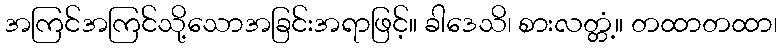
အကြင်အကြင်သို့သောအခြင်းအရာဖြင့်။ ခါဒေသိ၊ စားလတ္တံ့။ တထာတထာ၊